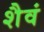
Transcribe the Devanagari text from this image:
शैवं